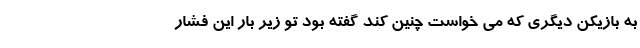
به بازیکن دیگری که می خواست چنین کند گفته بود تو زیر بار این فشار